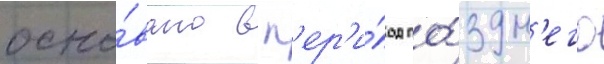
осно́вано в п'ер'и́од по́здн'его